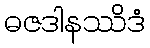
ဓဇဒါနဿိဒံ